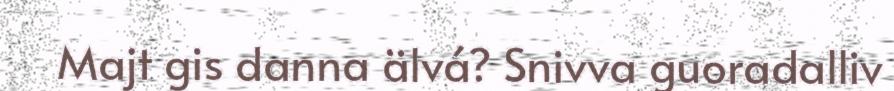
Majt gis danna älvá? Snivva guoradalliv